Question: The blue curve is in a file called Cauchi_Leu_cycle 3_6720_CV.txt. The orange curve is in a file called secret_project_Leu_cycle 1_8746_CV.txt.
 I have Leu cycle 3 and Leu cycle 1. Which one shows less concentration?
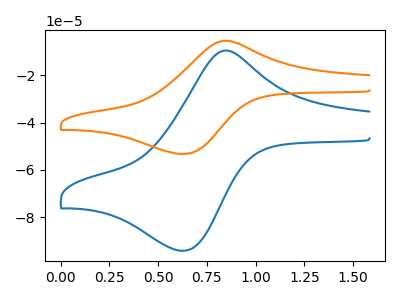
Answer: <think>The blue curve "Leu cycle 3" has an anodic peak at (0.85V, -9.80uA) and a cathodic peak at (0.65V, -94.15uA). The orange curve "Leu cycle 1" has an anodic peak at (0.85V, -5.55uA) and a cathodic peak at (0.65V, -53.25uA).
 All the peaks in "Leu cycle 3" have a peak in "Leu cycle 1" at the same potential.</think>
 <answer>I cant tell if "Leu cycle 3" or "Leu cycle 1" has higher concentration.</answer>
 <eval>mixed_concentration</eval>